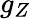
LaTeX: g_{Z}